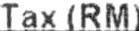
TAX (RM)